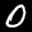
Label: 0